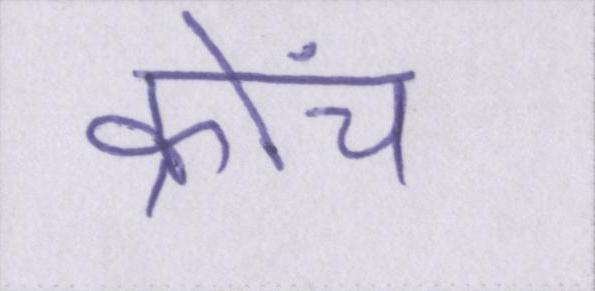
क्रोंच